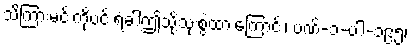
သိကြားမင်းကိုပင် ရံခါဤသို့သုံးစွဲထားကြောင်း၊ ပဏ်-၁-ပါ-၁၉၅၊